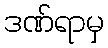
ဒဏ်ရာမှ